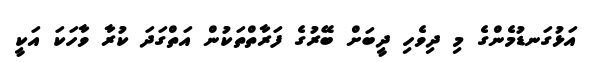
އަޅުގަނޑުމެންގެ މި ދިވެހި ދީބަށް ބޭރުގެ ފަރާތްތަކުން އަތްގަދަ ކުރާ ވާހަކަ އަކީ